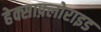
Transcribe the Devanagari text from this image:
हेक्साफ़्लोराइड